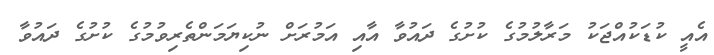
އެއީ ކުޑަކުއްޖަކު މަރާލުމުގެ ކުށުގެ ދައުވާ އާއި އަމުރަށް ނުކިޔަމަންތެރިވުމުގެ ކުށުގެ ދައުވާ